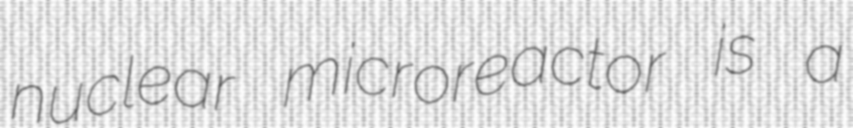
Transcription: nuclear microreactor is a